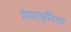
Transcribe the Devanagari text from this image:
मेघाकृतियों